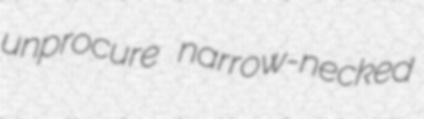
unprocure narrow-necked